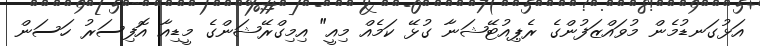
އަޅުގަނޑުމެން މުވައްޒަފުންގެ ރެޕިއުޓޭޝަނާ ގުޅޭ ކަމެއް މިއީ" އިމިގްރޭޝަންގެ މީޑިއާ އޮފިސަރު ހަސަން